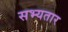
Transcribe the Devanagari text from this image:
सभ्यतार